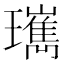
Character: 㼇